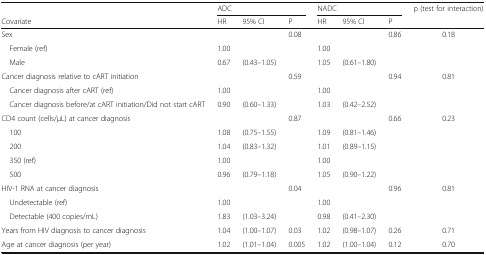
|  | <COLSPAN=3> ADC | <COLSPAN=3> NADC | p (test for interaction) |
 | Covariate | HR | 95% CI | P | HR | 95% CI | P |  |
 | --- | --- | --- | --- | --- | --- | --- | --- |
 | Sex |  |  | 0.08 |  |  | 0.86 | 0.18 |
 | Female (ref) | 1.00 |  |  | 1.00 |  |  |  |
 | Male | 0.67 | (0.43–1.05) |  | 1.05 | (0.61–1.80) |  |  |
 | Cancer diagnosis relative to cART initiation |  |  | 0.59 |  |  | 0.94 | 0.81 |
 | Cancer diagnosis after cART (ref) | 1.00 |  |  | 1.00 |  |  |  |
 | Cancer diagnosis before/at cART initiation/Did not start cART | 0.90 | (0.60–1.33) |  | 1.03 | (0.42–2.52) |  |  |
 | CD4 count (cells/μL) at cancer diagnosis |  |  | 0.87 |  |  | 0.66 | 0.23 |
 | 100 | 1.08 | (0.75–1.55) |  | 1.09 | (0.81–1.46) |  |  |
 | 200 | 1.04 | (0.83–1.32) |  | 1.01 | (0.89–1.15) |  |  |
 | 350 (ref) | 1.00 |  |  | 1.00 |  |  |  |
 | 500 | 0.96 | (0.79–1.18) |  | 1.05 | (0.90–1.22) |  |  |
 | HIV-1 RNA at cancer diagnosis |  |  | 0.04 |  |  | 0.96 | 0.81 |
 | Undetectable (ref) | 1.00 |  |  | 1.00 |  |  |  |
 | Detectable (400 copies/mL) | 1.83 | (1.03–3.24) |  | 0.98 | (0.41–2.30) |  |  |
 | Years from HIV diagnosis to cancer diagnosis | 1.04 | (1.00–1.07) | 0.03 | 1.02 | (0.98–1.07) | 0.26 | 0.71 |
 | Age at cancer diagnosis (per year) | 1.02 | (1.01–1.04) | 0.005 | 1.02 | (1.00–1.04) | 0.12 | 0.70 |